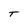
Character: T